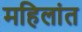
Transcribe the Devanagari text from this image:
महिलांत